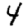
Digit: 4